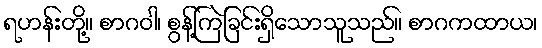
ရဟန်းတို့။ စာဂဝါ၊ စွန့်ကြဲခြင်းရှိသောသူသည်။ စာဂကထာယ၊